Indian journal of veterinary science and animal husbandry - Volume 3,
Year: 1933
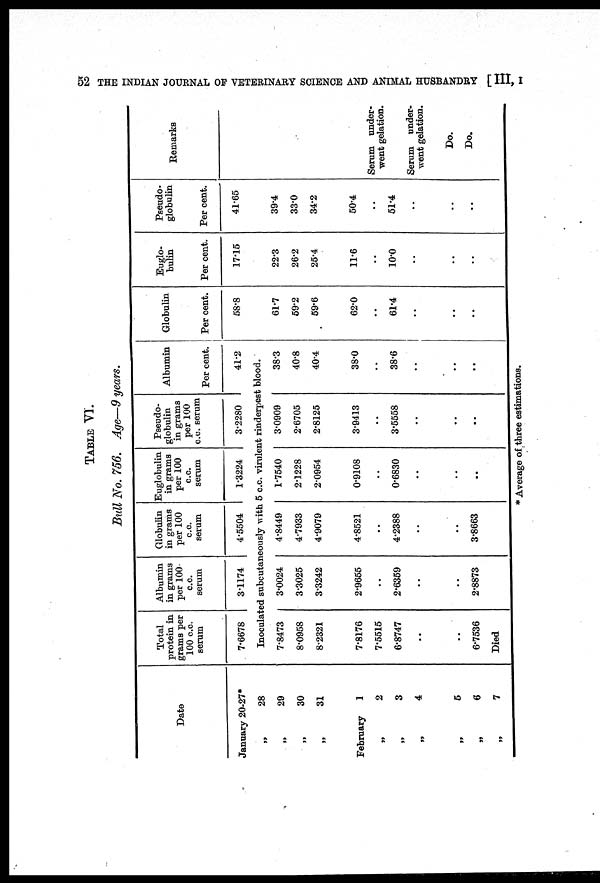
52 THE INDIAN JOURNAL OF VETERINARY SCIENCE AND ANIMAL HUSBANDRY [ III, I
TABLE VI.
Bull No. 756. Age—9 years.
Date
January
20-27*
„
28
„
29
„
30
„
31
February
1
„
2
„
3
„
4
„
5
„
6
„
7
Total
protein in
grams per
100 c.c.
serum
7.6678
Albumin
in grams
per 100
c.c.
serum
3.1174
Globulin
in grams
per 100
c.c.
serum
4.5504
Euglobulin
in grams
per 100
c.c.
serum
1.3224
Pseudo¬
globulin
in grams
per 100
c.c. serum
3.2280
Albumin
Per cent.
41.2
Inoculated subcutaneously with 5 c.c. virulent rinderpest blood.
7.8473
8.0958
8.2321
7.8176
7.5515
6.8747
..
..
6.7536
Died
3.0024
3.3025
3.3242
2.9655
..
2.6359
..
...
2.8873
4.8449
4.7933
4.9079
4.8521
..
4.2388
..
..
3.8663
1.7540
2.1228
2.0954
0.9108
...
0.6830
..
..
..
3.0909
2.6705
2.8125
3.9413
..
3.5558
..
..
..
38.3
40.8
40.4
38.0
..
38.6
..
..
..
Globulin
Per cent.
58.8
61.7
59.2
59.6
62.0
..
61.4
..
..
..
Euglo-
bulin
Per cent.
17.15
22.3
26.2
25.4
11.6
..
10.0
..
..
..
Pseudo¬
globulin
Per cent.
41.65
39.4
33.0
34.2
50.4
..
51.4
..
..
..
Remarks
Serum under-
went gelation.
Serum under-
went gelation.
Do.
Do.
* Average of three estimations.